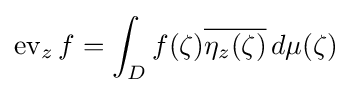
\operatorname {ev} _{z}f=\int _{D}f(\zeta ){\overline {\eta _{z}(\zeta )}}\,d\mu (\zeta )